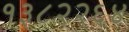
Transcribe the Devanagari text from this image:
१३८२२६४